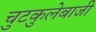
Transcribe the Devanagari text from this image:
चुटकुलेबाजी